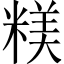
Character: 𥻙